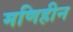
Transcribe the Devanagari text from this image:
मणिहीन